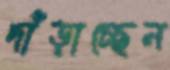
দাঁড়াচ্ছেন